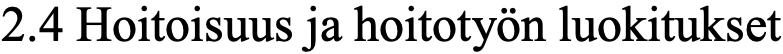
2.4 Hoitoisuus ja hoitotyön luokitukset